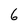
Character: 6